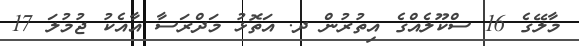
މާލޭގެ 16 ސްކޫލެއްގެ އިތުރުން ދ. އަތޮޅު މަދްރަސާ އާއެކު ޖުމުލަ 17